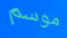
موسم